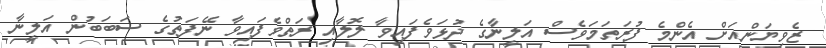
ޒެވިޔަންއަށް އެންމެ ފުރަތަމަވެސް އަލީނާގެ ދުޅަވެފައިވާ ލޮލާއި ރަތްވެފައިވާ ނޭފަތުގެ ސަބަބުން އަލީނާ